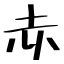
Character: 赤